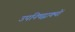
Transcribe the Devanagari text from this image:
उपनिषद्वाक्यों